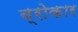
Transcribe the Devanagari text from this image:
ब्रोकार